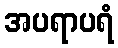
အပရာပရံ